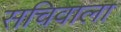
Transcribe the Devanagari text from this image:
सचिवाला